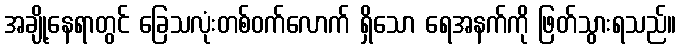
အချို့နေရာတွင် ခြေသလုံးတစ်ဝက်လောက် ရှိသော ရေအနက်ကို ဖြတ်သွားရသည်။